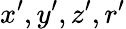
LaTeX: x^{\prime},y^{\prime},z^{\prime},r^{\prime}